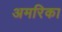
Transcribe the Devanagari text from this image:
अमरिका